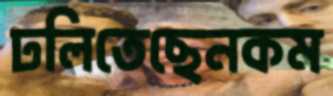
ঢলিতেছেনকম